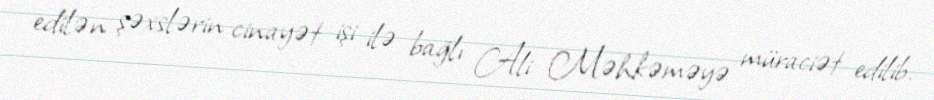
edilən şəxslərin cinayət işi ilə bağlı Ali Məhkəməyə müraciət edilib.